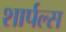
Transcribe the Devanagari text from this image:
शार्पल्स